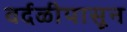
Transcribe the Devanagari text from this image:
वर्दळीपासून